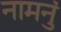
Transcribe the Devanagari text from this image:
नामनुं